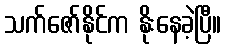
သက်ဇော်နိုင်က နိုးနေခဲ့ပြီ။